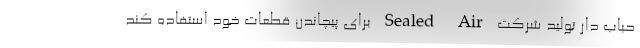
حباب دار تولید شرکت Sealed Air برای پیچاندن قطعات خود استفاده کند